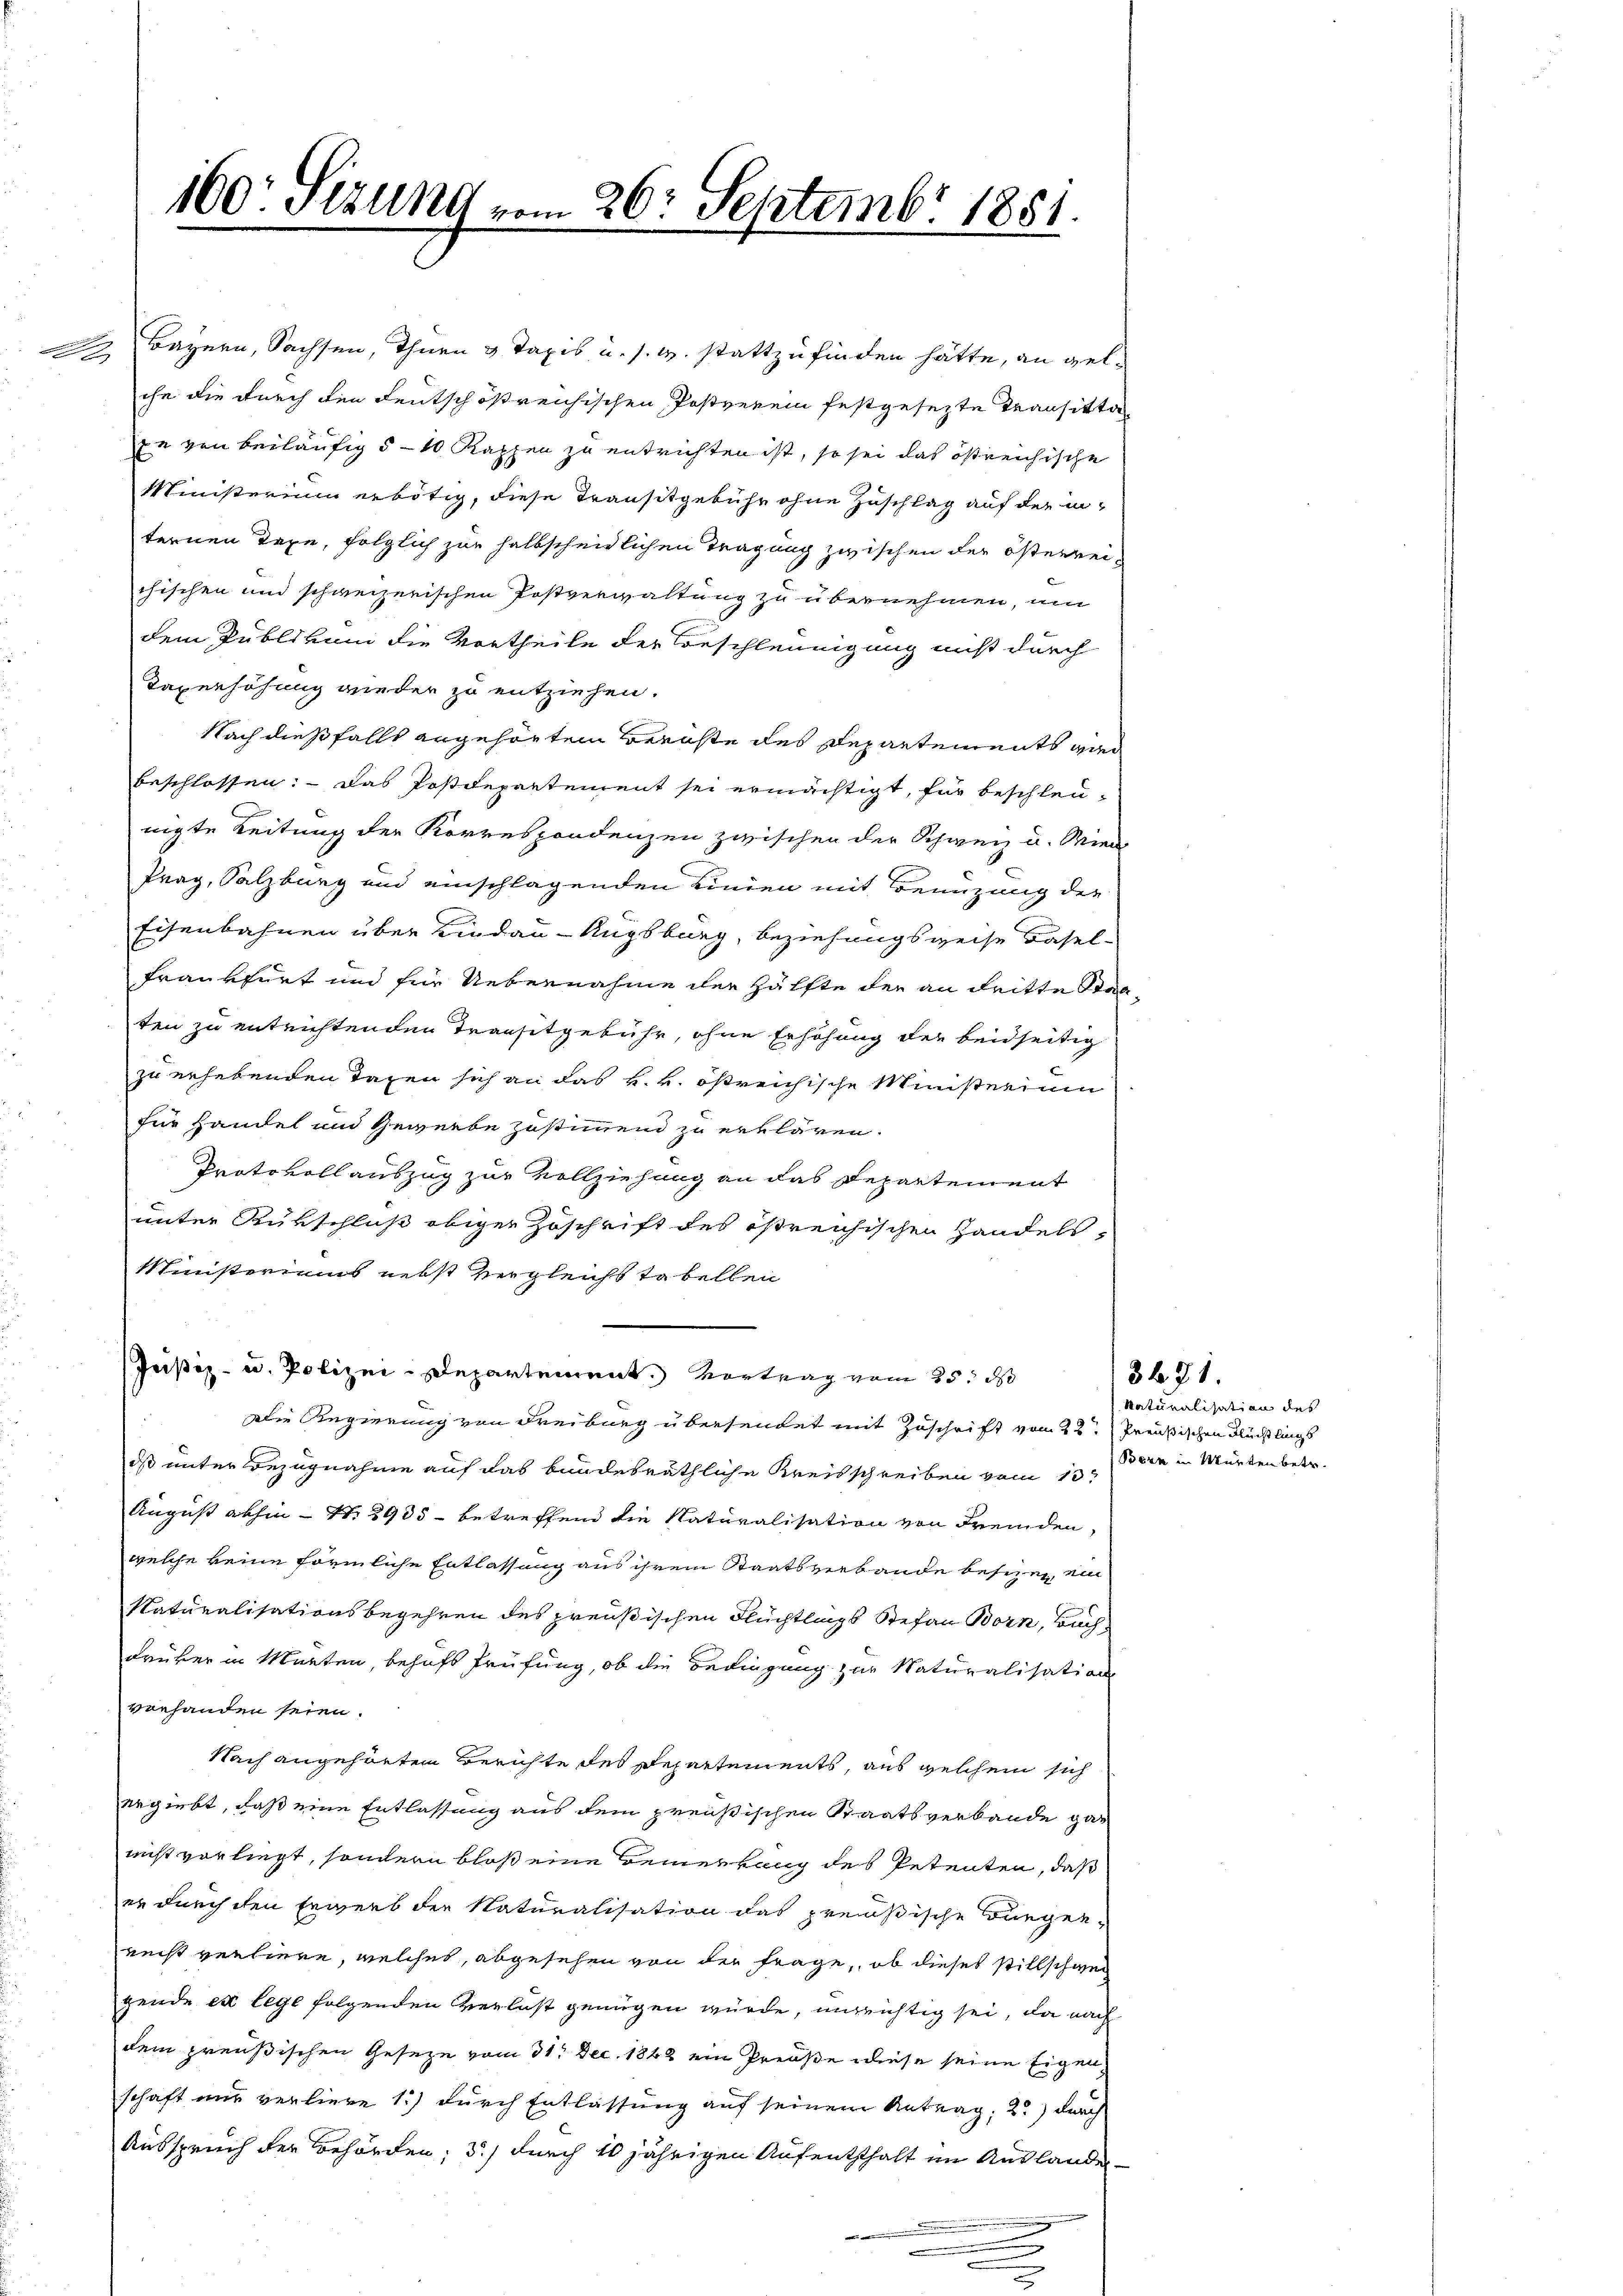
160: Sizung vom 26. Septembr 1881.

Bayern, Sachsen, Thurn & Taxis u. s. w. stattzufinden hätte, an gelche die durch den deutschößreichischen Postverein festgesezte Transitta
r von beiläufig 5-10 Kappen zu entrichten ist, so sei das östreichische
Ministerium erbötig, diese Transitgebühr ohne Zuschlag auf der internen Tage, folglich zur halbscheidlichen Tragung zwischen der österrei
chischen und schweizerischen Postverwaltung zu übernehmen, um
dem Publikum die Vortheile der Beschleunigung nicht durch
Taxerhöhung wieder zu entziehen.
Nach dießfalls angehörtem Bernste des Departements wied
beschlossen: Das Postdepartement sei ermächtigt, für beschleunigte Leitung der Korrespondenzen zwischen der Schweiz u. Mind
Prag, Salzburg und einschlagenden Kinden mit Benuzung der
Eisenbahnen über Lindau - Augsburg, beziehungsweise Basel-
Frankfurt und für Uebernahme der Hälfte der an dritte Staaten zu entrichtenden Transitgebühr, ohne Erhöhung der beidseitig
zu erhebenden Tagen sich an das k. k. östreichische Ministerium
für Handel und Gewerbe zustimmend zu erklären.
Protokollauszug zur Vollziehung an das Departement
unter Rükschluß obiger Zuschrift des östreichischen Handels-
Ministeriums nebst vergleichs tabellen
Justiz- u. Polizei-Departement. Vortrag vom 25. d
Die Regierung von Freiburg übersendet mit Zuschrift vom 22. Preußischen Flüchtlings
ds unter Bezugnahme auf das bundesräthliche Kreisschreiben vom 13t
August abhin - No 2935 - betreffend die Naturalisation von Fremden,
welche keine förmliche Entlassung aus ihrem Staatsverbande besien, ein
Naturalisationsbegehren des preußischen Flüchtlings Stefan Born, Buch-
Fruker in Marten, behufs Prüfung, ob die Bedingung zur Naturalisation
vorhanden seien.
Nach angehörten Berichte des Departements, aus welchem sich
ergiebt, daß eine Entlassung aus dem preußischen Staatsverbande genicht vorliegt, sondern bloß eine Bemerkung des Petenten, daß
er durch den Erwerb der Naturalisation das preußische Bürgen-
recht verliere, welches, abgesehen von der Frage, ob dieses stillschwei
gende ex lege folgenden Verlust genügen würde, unrichtig sei, da nach
dem preußischen Geseze vom 31. Dec. 1848 ein Preuße diese seine Eigenschaft nur verliere 1) durch Entlassung auf seinem Antrag; 2) durch
Ausspruch der Behörden; 3) durch 10 jährigen Aufentschaft im Auslandes¬

Naturalisation des
Bern in Würten betr.

3671.